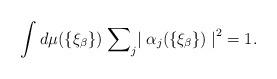
LaTeX: \begin{align*}\int d \mu (\{ {\xi}_{\beta} \}) \; {\sum}_j {\mid {\alpha}_j(\{ {\xi}_{\beta} \}) \mid}^2 = 1.\end{align*}